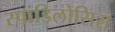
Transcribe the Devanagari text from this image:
स्पांडिलोसिस